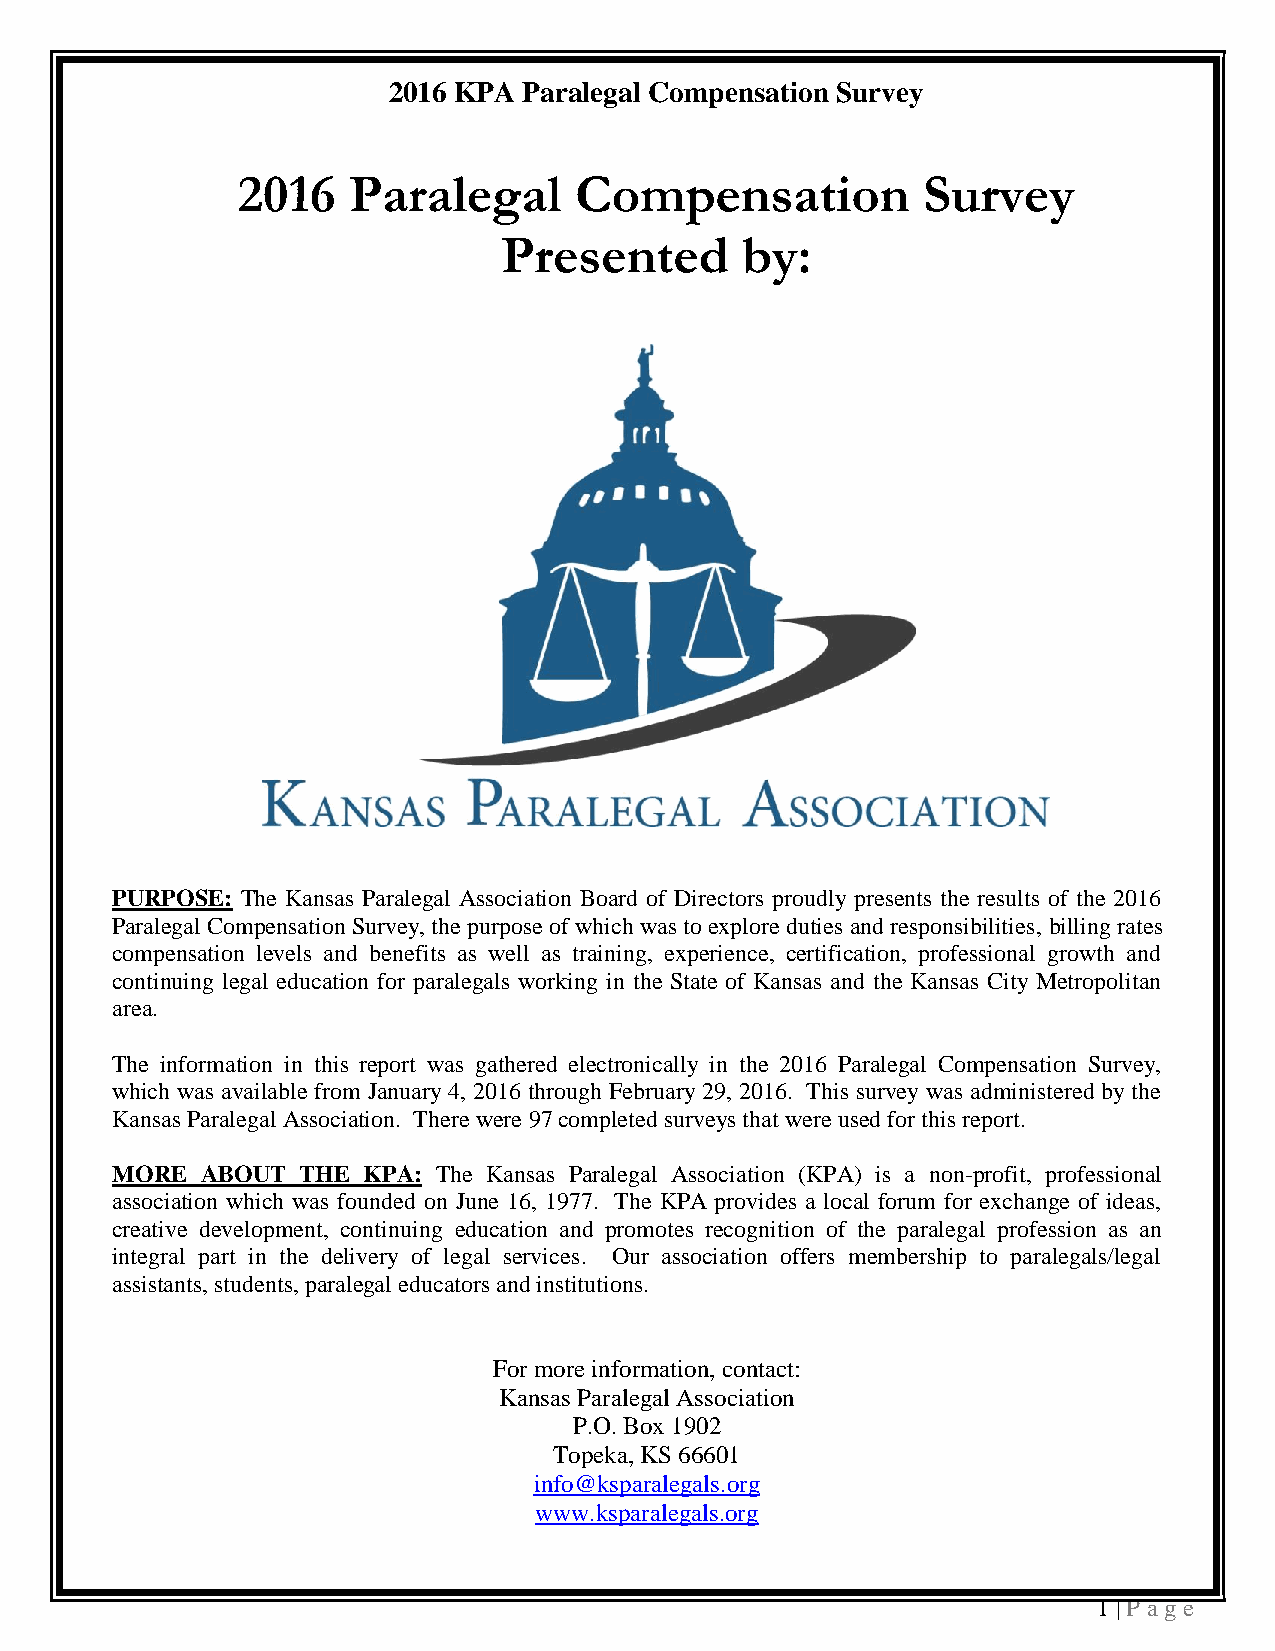
2016 KPA Paralegal Compensation Survey
 2016   Paralegal      Compensation           Survey
 Presented       by:
 PURPOSE: The Kansas Paralegal Association Board of Directors proudly presents the results of the 2016
 Paralegal Compensation Survey, the purpose of which was to explore duties and responsibilities, billing rates
 compensation levels and benefits as well as training, experience, certification, professional growth and
 continuing legal education for paralegals working in the State of Kansas and the Kansas City Metropolitan
 area.
 The information in this report was gathered electronically in the 2016 Paralegal Compensation Survey,
 which was available from January 4, 2016 through February 29, 2016. This survey was administered by the
 Kansas Paralegal Association. There were 97 completed surveys that were used for this report.
 MORE  ABOUT  THE KPA: The Kansas Paralegal Association (KPA) is a non-profit, professional
 association which was founded on June 16, 1977. The KPA provides a local forum for exchange of ideas,
 creative development, continuing education and promotes recognition of the paralegal profession as an
 integral part in the delivery of legal services. Our association offers membership to paralegals/legal
 assistants, students, paralegal educators and institutions.
 For more information, contact:
 Kansas Paralegal Association
 P.O. Box 1902
 Topeka, KS 66601
 info@ksparalegals.org
 www.ksparalegals.org
 1 | P a ge